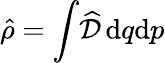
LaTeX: \hat{\rho}=\int\! \widehat{\cal D}\, \mathrm{d}q\mathrm{d}p